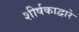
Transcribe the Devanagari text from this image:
शीर्षकाद्वारे